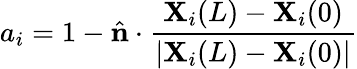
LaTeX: a_{i}=1-\hat{\mathbf n}\cdot\frac{\mathbf X_{i}(L)-\mathbf X_{i}(0)}{|\mathbf X_{i}(L)-\mathbf X_{i}(0)|}